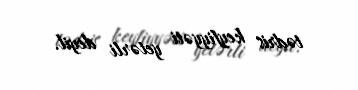
tədris keyfiyyəti yetərli deyil.